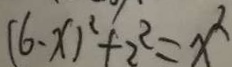
( 6 - x ) ^ { 2 } + 2 ^ { 2 } = x ^ { 2 }